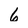
Character: 6